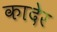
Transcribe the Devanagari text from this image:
कादेर